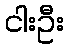
ငါးဦး